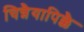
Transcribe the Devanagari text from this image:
चिन्नैयापिळ्ळै